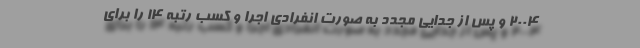
۲۰۰۴ و پس از جدایی مجدد به صورت انفرادی اجرا و کسب رتبه ۱۴ را برای